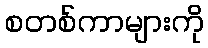
စတစ်ကာများကို